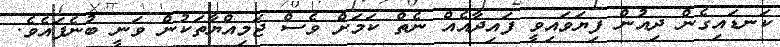
ކަނޑައިގެން ދިއުން ފިޔަވައިވީ ފައިދާއެއް ނެތް ކަމަށް ވެސް ޖަމިއްޔާތަކުން ވަނީ ބުނެފައެވެ.